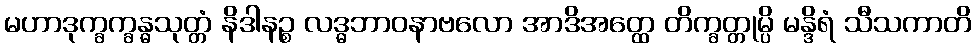
မဟာဒုက္ခက္ခန္ဓသုတ္တံ နိဒါနဉ္စ လဒ္ဓဘာဝနာဗလော အာဒိအတ္ထေ တိက္ခတ္တုမ္ပိ မန္ဒိရံ သီသကာတိ